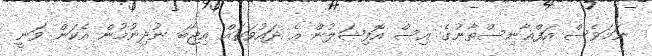
ނަމަވެސް އަފްޣާނިސްތާނުގެ އިސް އޮފިޝަލުން އެ ދައުވަތައް އިޖާބަ ނުދިނުމުން އެކަން ވަނީ